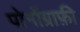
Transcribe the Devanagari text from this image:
पोर्नोग्राफ़ी